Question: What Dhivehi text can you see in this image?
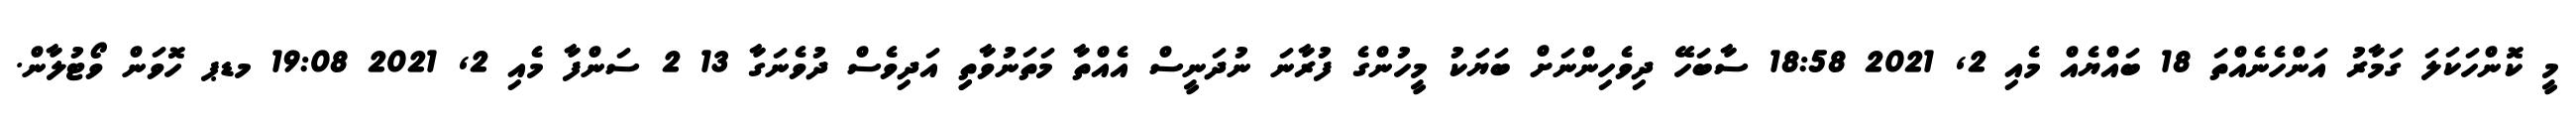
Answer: މީ ކޮންހަކަލަ ގަމާރު އަންހެނެއްތަ 18 ބައްޔެއް މެއި 2, 2021 18:58 ސާބަހޭ ދިވެހިންނަށް ބަޔަކު މީހުންގެ ފުރާނަ ނުދަނީސް އެއްތާ މަތަނުވާތިި އަދިވެސް ދުވެނަގާ 13 2 ސަންފާ މެއި 2, 2021 19:08 މޑޕ ހޮވަން ވޯޓުލާން.